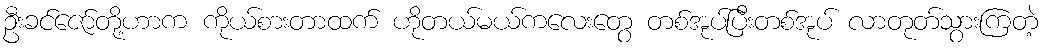
ဦးခင်ဇော်တို့ဟာက ကိုယ်စားတာထက် ဟိုတယ်မယ်ကလေးတွေ တစ်အုပ်ပြီးတစ်အုပ် လာတုတ်သွားကြတဲ့